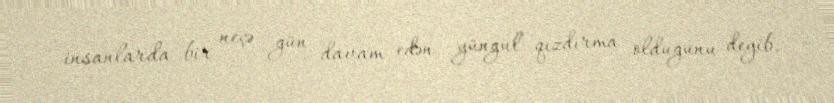
insanlarda bir neçə gün davam edən yüngül qızdırma olduğunu deyib.